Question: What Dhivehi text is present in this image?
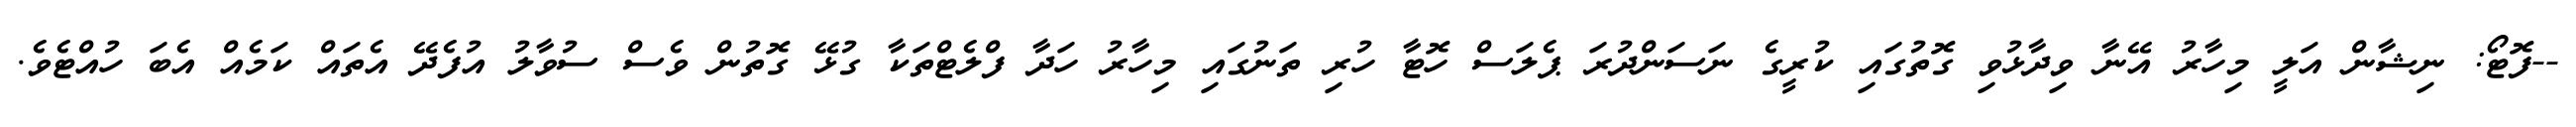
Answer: --ފޮޓޯ: ނިޝާން އަލީ މިހާރު އޭނާ ވިދާޅުވި ގޮތުގައި ކުރީގެ ނަސަންދުރަ ޕެލަސް ހޮޓާ ހުރި ތަނުގައި މިހާރު ހަދާ ފްލެޓްތަކާ ގުޅޭ ގޮތުން ވެސް ސުވާލު އުފެދޭ އެތައް ކަމެއް އެބަ ހުއްޓެވެ.